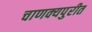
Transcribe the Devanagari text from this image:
चाणक्यपुरीत